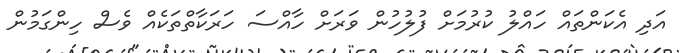
އަދި އެކަންތައް ހައްލު ކުރުމަށް ފުލުހުން ވަރަށް ހާއްސަ ހަރަކާތްތަކެއް ވެސް ހިންގަމުން